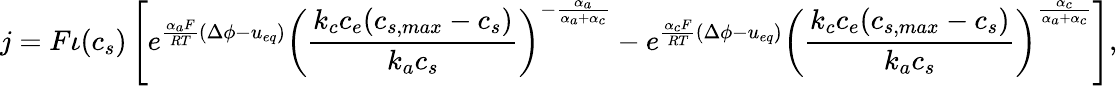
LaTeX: j=F\iota(c_{s})\left[e^{\frac{\alpha_{a}F}{RT}\left(\Delta\phi-u_{eq}\right)}\left(\frac{k_{c}c_{e}(c_{s,max}-c_{s})}{k_{a}c_{s}}\right)^{-\frac{\alpha_{a}}{\alpha_{a}+\alpha_{c}}}-e^{\frac{\alpha_{c}F}{RT}\left(\Delta\phi-u_{eq}\right)}\left(\frac{k_{c}c_{e}(c_{s,max}-c_{s})}{k_{a}c_{s}}\right)^{\frac{\alpha_{c}}{\alpha_{a}+\alpha_{c}}}\right],